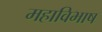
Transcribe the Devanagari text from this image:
महाविभाष